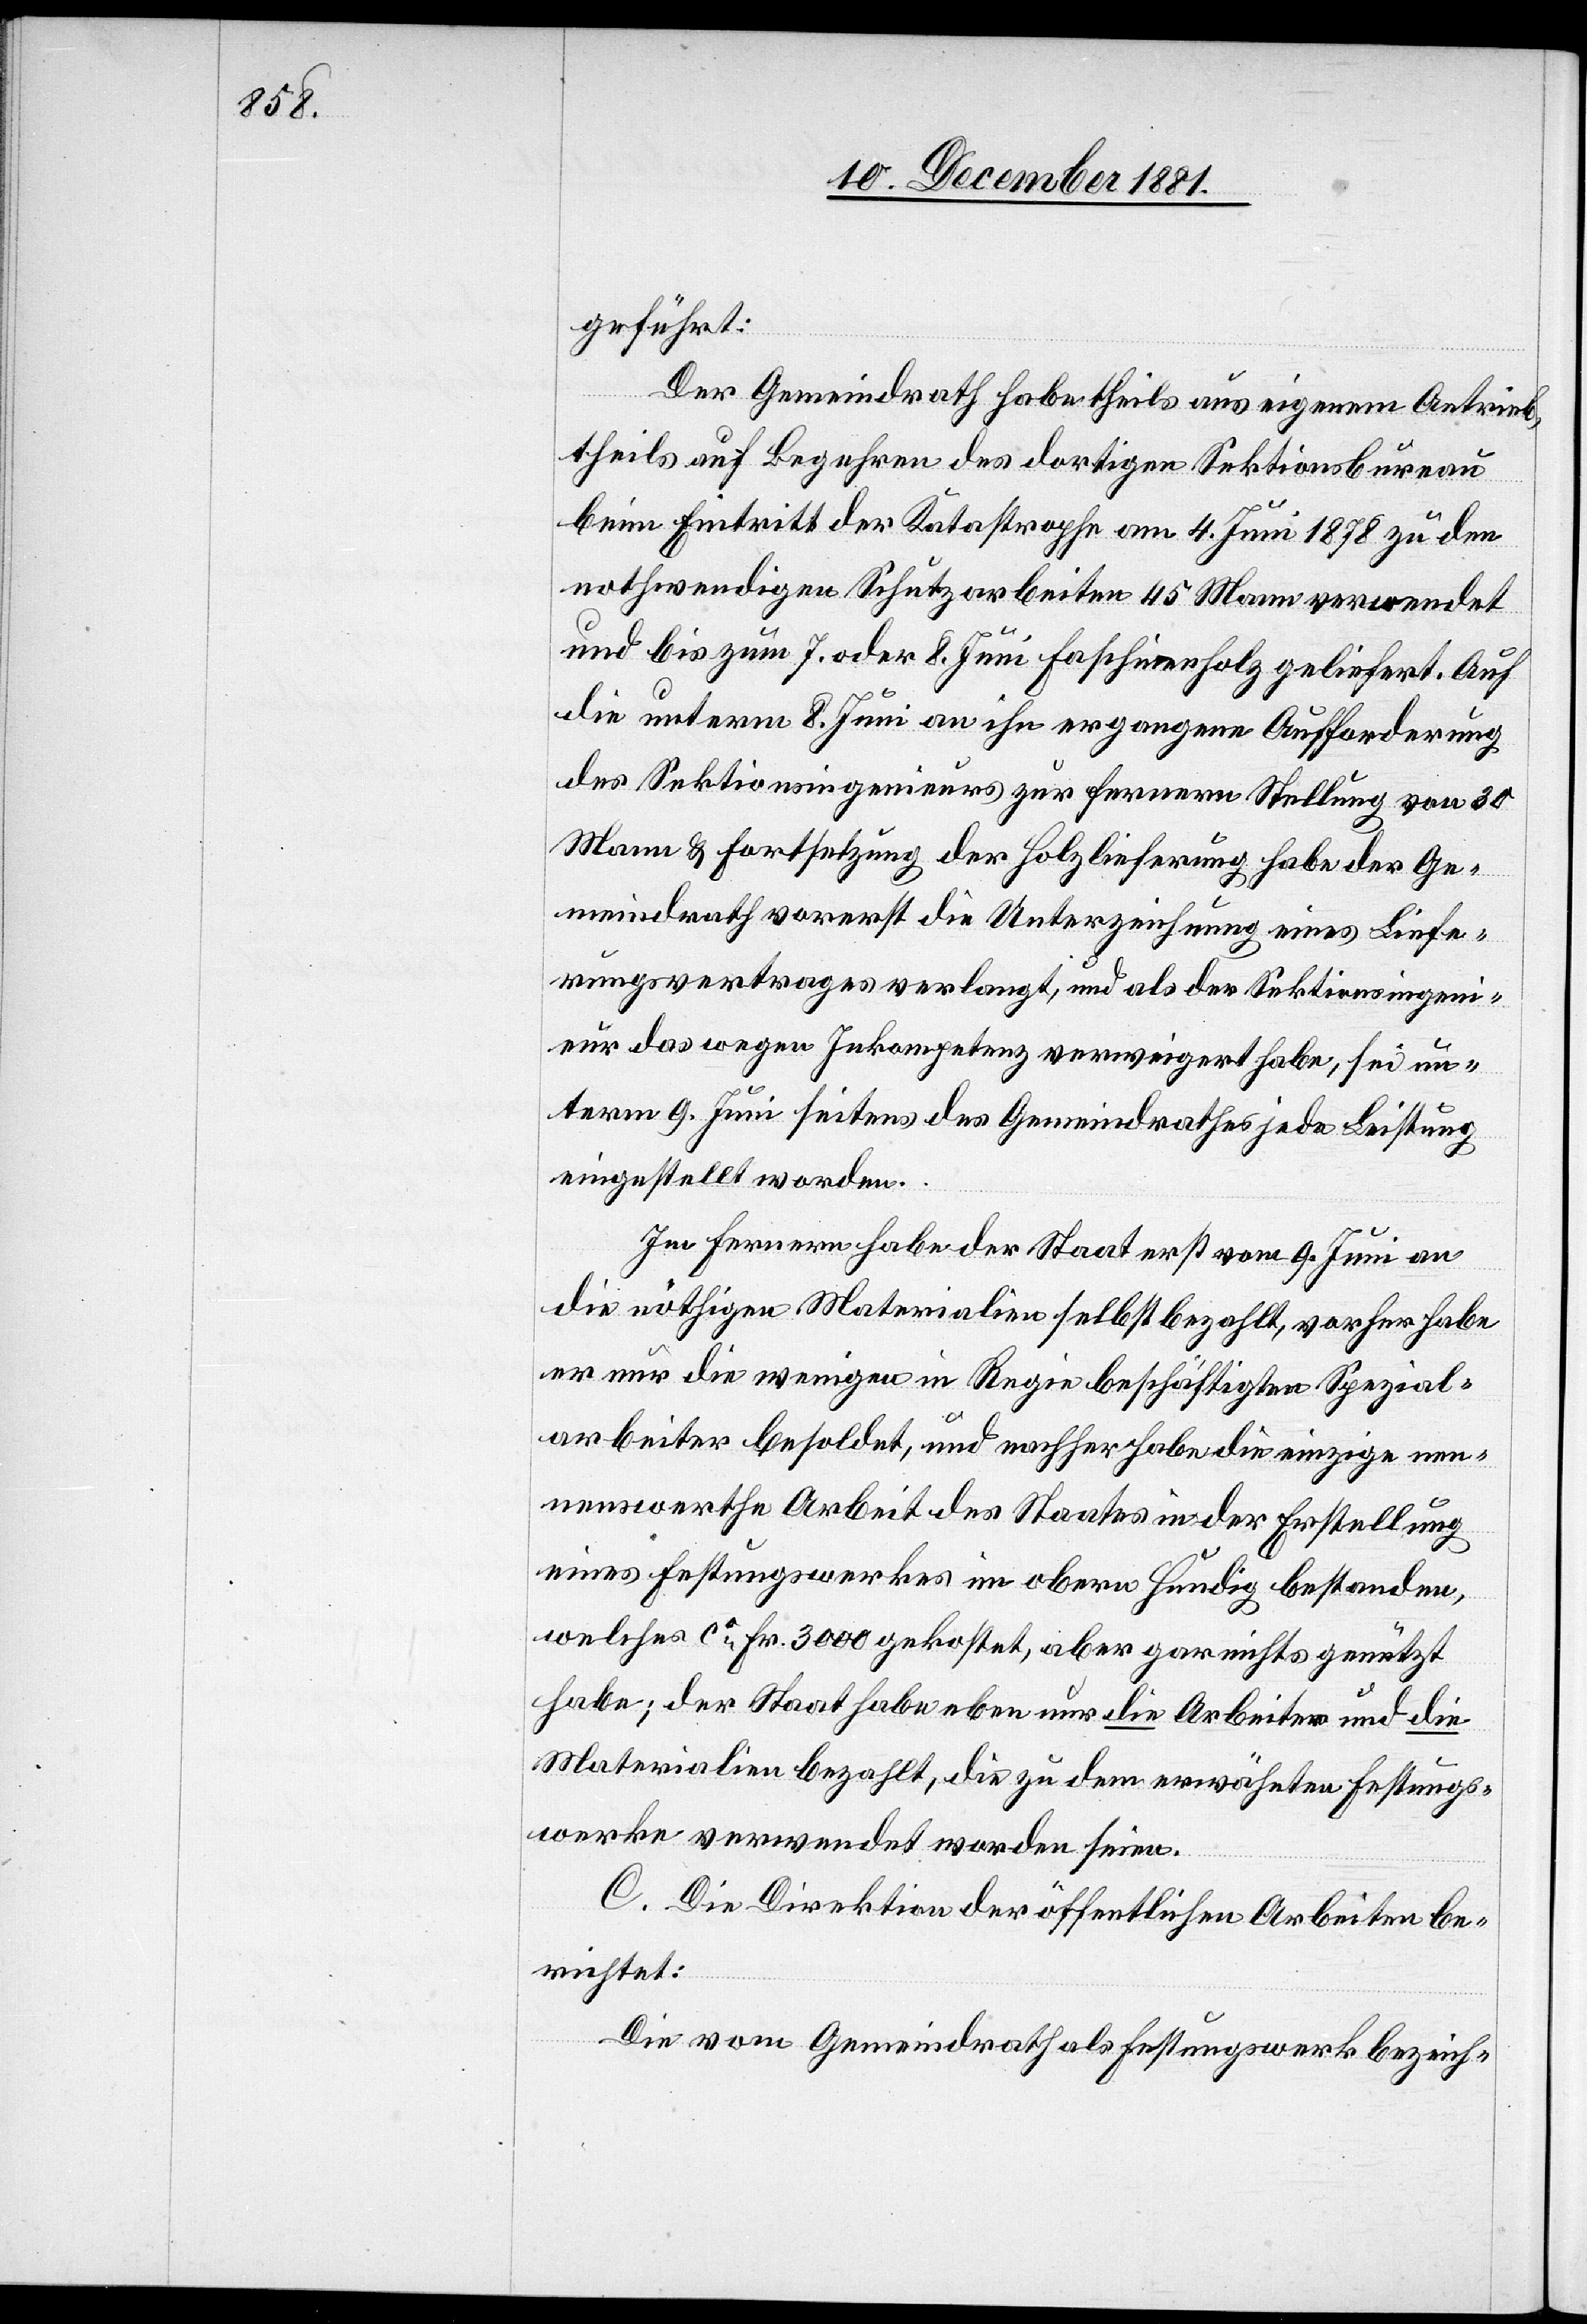
geführt:
Der Gemeindrath habe theils aus eigenem Antrieb,
theils auf Begehren des dortigen Sektionsbureau
beim Eintritt der Katastrophe am 4. Juni 1878 zu den
nothwendigen Schutzarbeiten 45 Mann verwendet
und bis zum 7. oder 8. Juni Faschinenholz geliefert. Auf
die unterm 8. Juni an ihn ergangene Aufforderung
des Sektionsingenieurs zur fernern Stellung von 30
Mann & Fortsetzung der Holzlieferung habe der Ge¬
meindrath vorerst die Unterzeichnung eines Liefe¬
rungsvertrages verlangt, und als der Sektionsingeni¬
eur das wegen Inkompetenz verweigert habe, sei un¬
term 9. Juni seitens des Gemeindrathes jede Leistung
eingestellt worden.
Im Fernern habe der Staat erst vom 9. Juni an
die nöthigen Materialien selbst bezahlt, vorher habe
er nur die wenigen in Regie beschäftigten Spezial¬
arbeiter besoldet, und nachher habe die einzige nen¬
nenswerthe Arbeit des Staates in der Erstellung
eines Festungswerkes im obern Hundig bestanden,
welches ca Fr. 3000 gekostet, aber gar nichts genützt
habe; der Staat habe eben nur die Arbeiter und die
Materialien bezahlt, die zu dem erwähnten Festungs¬
werke verwendet worden seien.
C. Die Direktion der öffentlichen Arbeiten be¬
richtet:
Die vom Gemeindrath als Festungswerk bezeich-